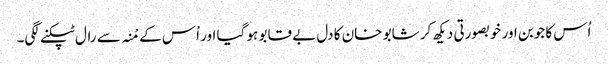
اُس کا جوبن اور خوبصورتی دیکھ کر شابو خان کا دل بے قابو ہو گیا اور اْس کے مْنہ سے رال ٹپکنے لگی۔